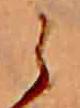
ら